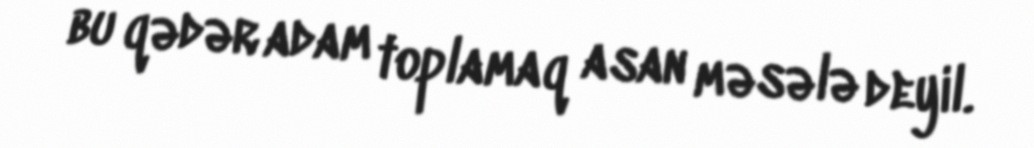
bu qədər adam toplamaq asan məsələ deyil.